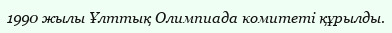
1990 жылы Ұлттық Олимпиада комитеті құрылды.